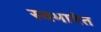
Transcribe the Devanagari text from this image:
स्वभाषेत